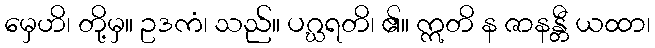
မှေဟိ၊ တို့မှ။ ဥဒကံ၊ သည်။ ပဂ္ဃရတိ၊ ၏။ ဣတိ န ဇာနန္တီ ယထာ၊